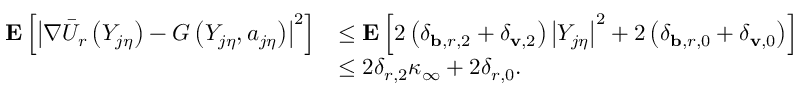
\begin{array} { r l } { \mathbf { E } \left[ \left| \nabla \Bar { U } _ { r } \left( Y _ { j \eta } \right) - G \left( Y _ { j \eta } , a _ { j \eta } \right) \right| ^ { 2 } \right] } & { \le \mathbf { E } \left[ 2 \left( \delta _ { \mathbf { b } , r , 2 } + \delta _ { \mathbf { v } , 2 } \right) \left| Y _ { j \eta } \right| ^ { 2 } + 2 \left( \delta _ { \mathbf { b } , r , 0 } + \delta _ { \mathbf { v } , 0 } \right) \right] } \\ & { \le 2 \delta _ { r , 2 } \kappa _ { \infty } + 2 \delta _ { r , 0 } . } \end{array}